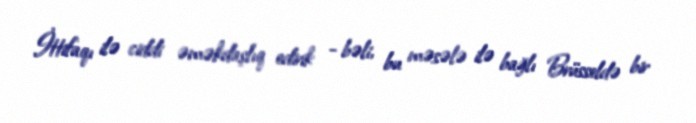
İttifaqı ilə ciddi əməkdaşlıq edirik - bəli, bu məsələ ilə bağlı Brüsseldə bir